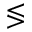
\lessgtr